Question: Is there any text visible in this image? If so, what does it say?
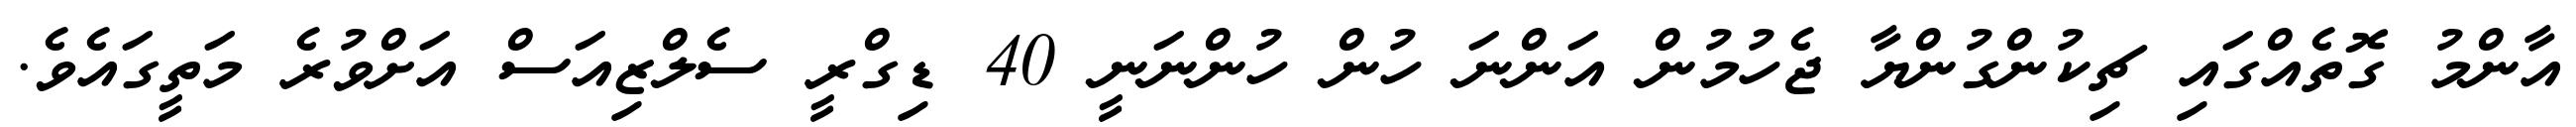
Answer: އާންމު ގޮތެއްގައި ޗިކުންގުންޔާ ޖެހުމުން އަންނަ ހުން ހުންނަނީ 40 ޑިގްރީ ސެލްޒިއަސް އަށްވުރެ މަތީގައެވެ.